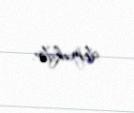
deməkdir.